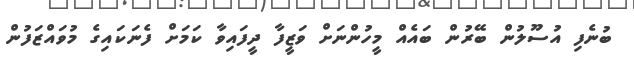
ބުނެފި އުސޫލުން ބޭރުން ބައެއް މީހުންނަށް ވަޒީފާ ދީފައިވާ ކަމަށް ފެނަކައިގެ މުވައްޒަފުން